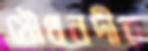
যৌথনদীর